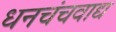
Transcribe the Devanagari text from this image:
धनचंचवाद्य